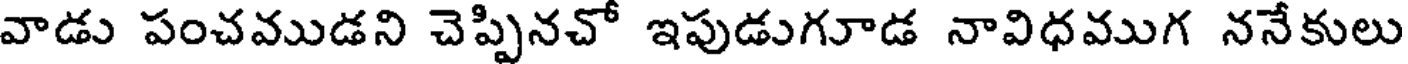
వాడు పంచముడని చెప్పినచో ఇపుడుగూడ నావిధముగ ననేకులు